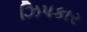
ઝિપકાર